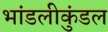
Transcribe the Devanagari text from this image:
भांडलीकुंडल